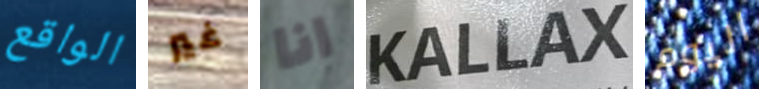
الواقع غير انا KALLAX اليوم